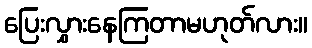
ပြေးလွှားနေကြတာမဟုတ်လား။